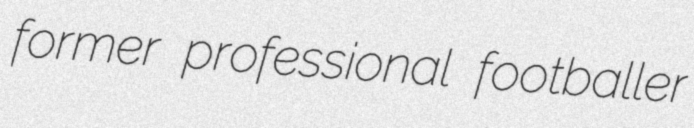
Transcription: former professional footballer